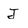
Character: J